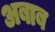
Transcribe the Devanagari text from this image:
अबाब